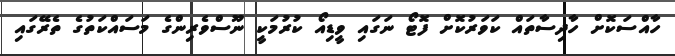
ހާއްސަކޮށް ހާދިސާތައް ކަވަރުކޮށް ފޮޓޯ ނަގައި ވީޑިއޯ ކުރުމަކީ ނޫސްވެރިންގެ މަސައްކަތުގެ ތެރޭގައި